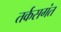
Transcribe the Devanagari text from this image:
तर्कसगंत